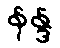
နန္ဒ